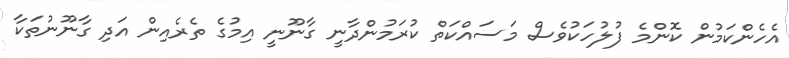
އެހެންކަމުން ކޮންމެ ފުލުހަކުވެސް މަސައްކަތް ކުރަމުންދާނީ ގާނޫނީ އިމުގެ ތެރެއިން އަދި ގާނޫނުތަކާ